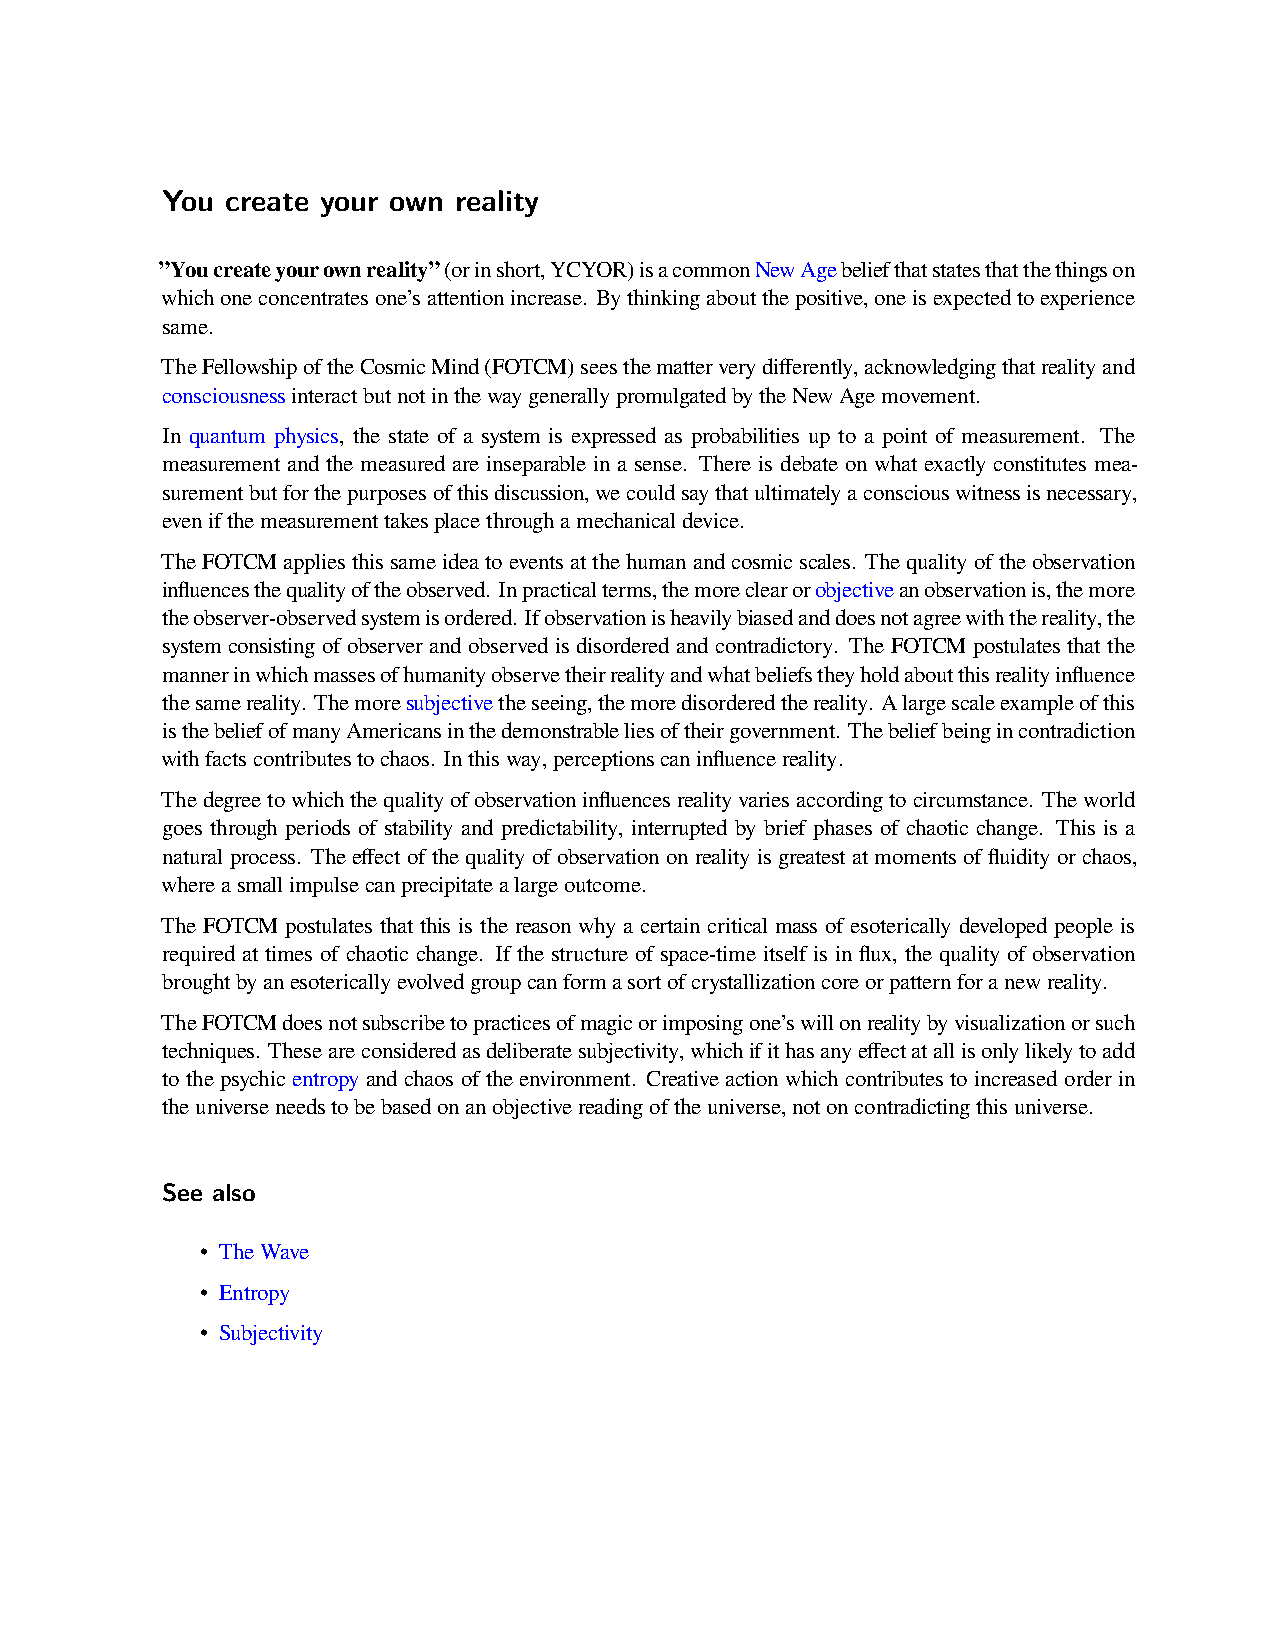
You create your own reality
 ”Youcreateyourownreality”(orinshort,YCYOR)isacommonNewAgebeliefthatstatesthatthethingson
 whichoneconcentratesone’sattentionincrease. Bythinkingaboutthepositive,oneisexpectedtoexperience
 same.
 TheFellowshipoftheCosmicMind(FOTCM)seesthematterverydifferently,acknowledgingthatrealityand
 consciousnessinteractbutnotinthewaygenerallypromulgatedbytheNewAgemovement.
 In quantum physics, the state of a system is expressed as probabilities up to a point of measurement. The
 measurement and the measured are inseparable in a sense. There is debate on what exactly constitutes mea-
 surementbutforthepurposesofthisdiscussion,wecouldsaythatultimatelyaconsciouswitnessisnecessary,
 evenifthemeasurementtakesplacethroughamechanicaldevice.
 TheFOTCMappliesthissameideatoeventsatthehumanandcosmicscales. Thequalityoftheobservation
 influencesthequalityoftheobserved. Inpracticalterms,themoreclearorobjectiveanobservationis,themore
 theobserver-observedsystemisordered. Ifobservationisheavilybiasedanddoesnotagreewiththereality,the
 system consisting of observer and observed is disordered and contradictory. The FOTCM postulates that the
 mannerinwhichmassesofhumanityobservetheirrealityandwhatbeliefstheyholdaboutthisrealityinfluence
 thesamereality. Themoresubjectivetheseeing,themoredisorderedthereality. Alargescaleexampleofthis
 isthebeliefofmanyAmericansinthedemonstrableliesoftheirgovernment. Thebeliefbeingincontradiction
 withfactscontributestochaos. Inthisway,perceptionscaninfluencereality.
 Thedegreetowhichthequalityofobservationinfluencesrealityvariesaccordingtocircumstance. Theworld
 goes through periods of stability and predictability, interrupted by brief phases of chaotic change. This is a
 natural process. The effect of the quality of observation on reality is greatest at moments of fluidity or chaos,
 whereasmallimpulsecanprecipitatealargeoutcome.
 The FOTCM postulates that this is the reason why a certain critical mass of esoterically developed people is
 required at times of chaotic change. If the structure of space-time itself is in flux, the quality of observation
 broughtbyanesotericallyevolvedgroupcanformasortofcrystallizationcoreorpatternforanewreality.
 TheFOTCMdoesnotsubscribetopracticesofmagicorimposingone’swillonrealitybyvisualizationorsuch
 techniques. Theseareconsideredasdeliberatesubjectivity,whichifithasanyeffectatallisonlylikelytoadd
 to the psychic entropy and chaos of the environment. Creative action which contributes to increased order in
 theuniverseneedstobebasedonanobjectivereadingoftheuniverse,notoncontradictingthisuniverse.
 See also
 • TheWave
 • Entropy
 • Subjectivity